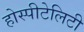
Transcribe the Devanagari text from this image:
होस्पीटेलिटी